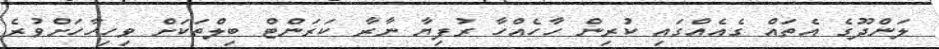
ލަންދޫގެ އެތައް ގެއެއްގައި ކުރިން ހާހެއްހާ ރުފިޔާ ނާރާ ކަރަންޓް ބިލްތަކަށް ވިހިހާހަށްވުރެ